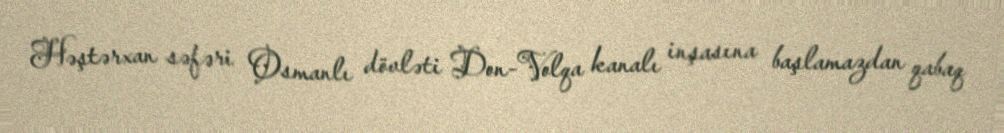
Həştərxan səfəri Osmanlı dövləti Don-Volqa kanalı inşasına başlamazdan qabaq